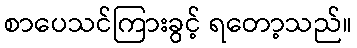
စာပေသင်ကြားခွင့် ရတော့သည်။